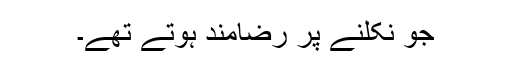
جو نکلنے پر رضامند ہوتے تھے۔